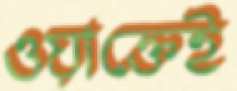
ওয়াক্তেই